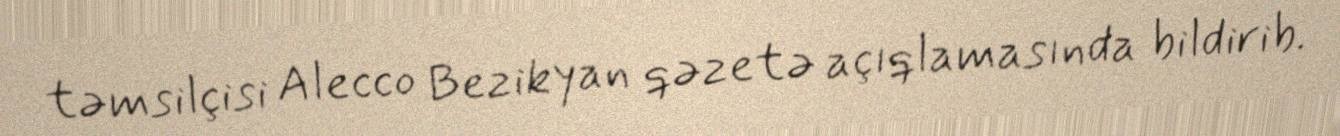
təmsilçisi Alecco Bezikyan qəzetə açıqlamasında bildirib.